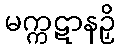
မက္ကဋာနဉှိ